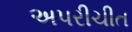
અપરીચીત